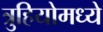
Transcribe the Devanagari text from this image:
त्रुहियोमध्ये